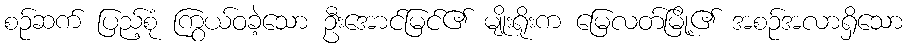
စဉ်ဆက် ပြည့်စုံ ကြွယ်ဝခဲ့သော ဦးအောင်မြင်၏ မျိုးရိုးက မြေလတ်မြို့၏ အစဉ်အလာရှိသော